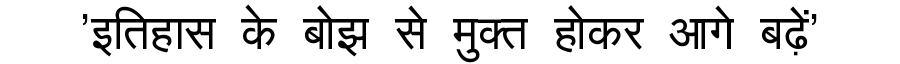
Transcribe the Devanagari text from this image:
'इतिहास के बोझ से मुक्त होकर आगे बढ़ें'